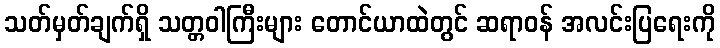
သတ်မှတ်ချက်ရှိ သတ္တဝါကြီးများ တောင်ယာထဲတွင် ဆရာဝန် အလင်းပြရေးကို